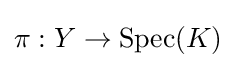
\pi :Y\to \operatorname {Spec} (K)